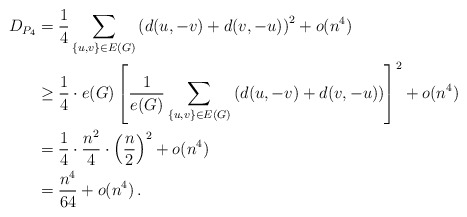
\begin{align*}D_{P_4} &= \frac{1}{4}\sum_{\left\{u,v\right\}\in E(G)}\left(d(u,-v)+d(v,-u)\right)^2+o(n^4) \\&\geq \frac{1}{4} \cdot e(G)\left[\frac{1}{e(G)}\sum_{\left\{u,v\right\}\in E(G)}\left(d(u,-v)+d(v,-u)\right)\right]^2 +o(n^4) \\&= \frac{1}{4} \cdot \frac{n^2}{4} \cdot \left(\frac{n}{2}\right)^2+o(n^4) \\ &= \frac{n^4}{64}+o(n^4) \,. \end{align*}